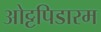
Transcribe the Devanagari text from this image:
ओट्टपिडारम